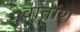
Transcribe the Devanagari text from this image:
वातांश